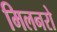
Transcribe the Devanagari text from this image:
मिलनरो